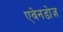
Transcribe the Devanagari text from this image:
एवेनडोज़